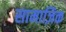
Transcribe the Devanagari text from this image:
सामाज़िक